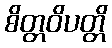
စိတ္တဝိပတ္တိ